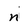
Character: n